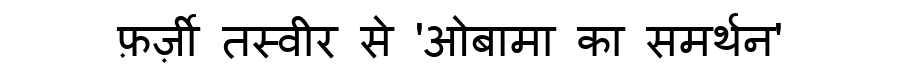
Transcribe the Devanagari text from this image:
फ़र्ज़ी तस्वीर से 'ओबामा का समर्थन'